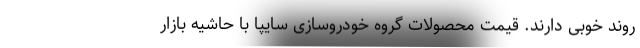
روند خوبی دارند. قیمت محصولات گروه خودروسازی سایپا با حاشیه بازار